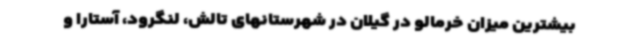
بیشترین میزان خرمالو در گیلان در شهرستانهای تالش، لنگرود، آستارا و